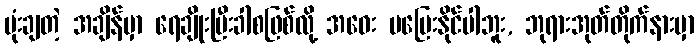
ဗုံးချတဲ့ အချိန်မှာ ရေချိုးပြီးခါစဖြစ်လို့ အဝေး မပြေးနိုင်ပါဘူး, ဘုရားအုတ်တိုက်နားမှာ